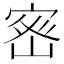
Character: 𭔀